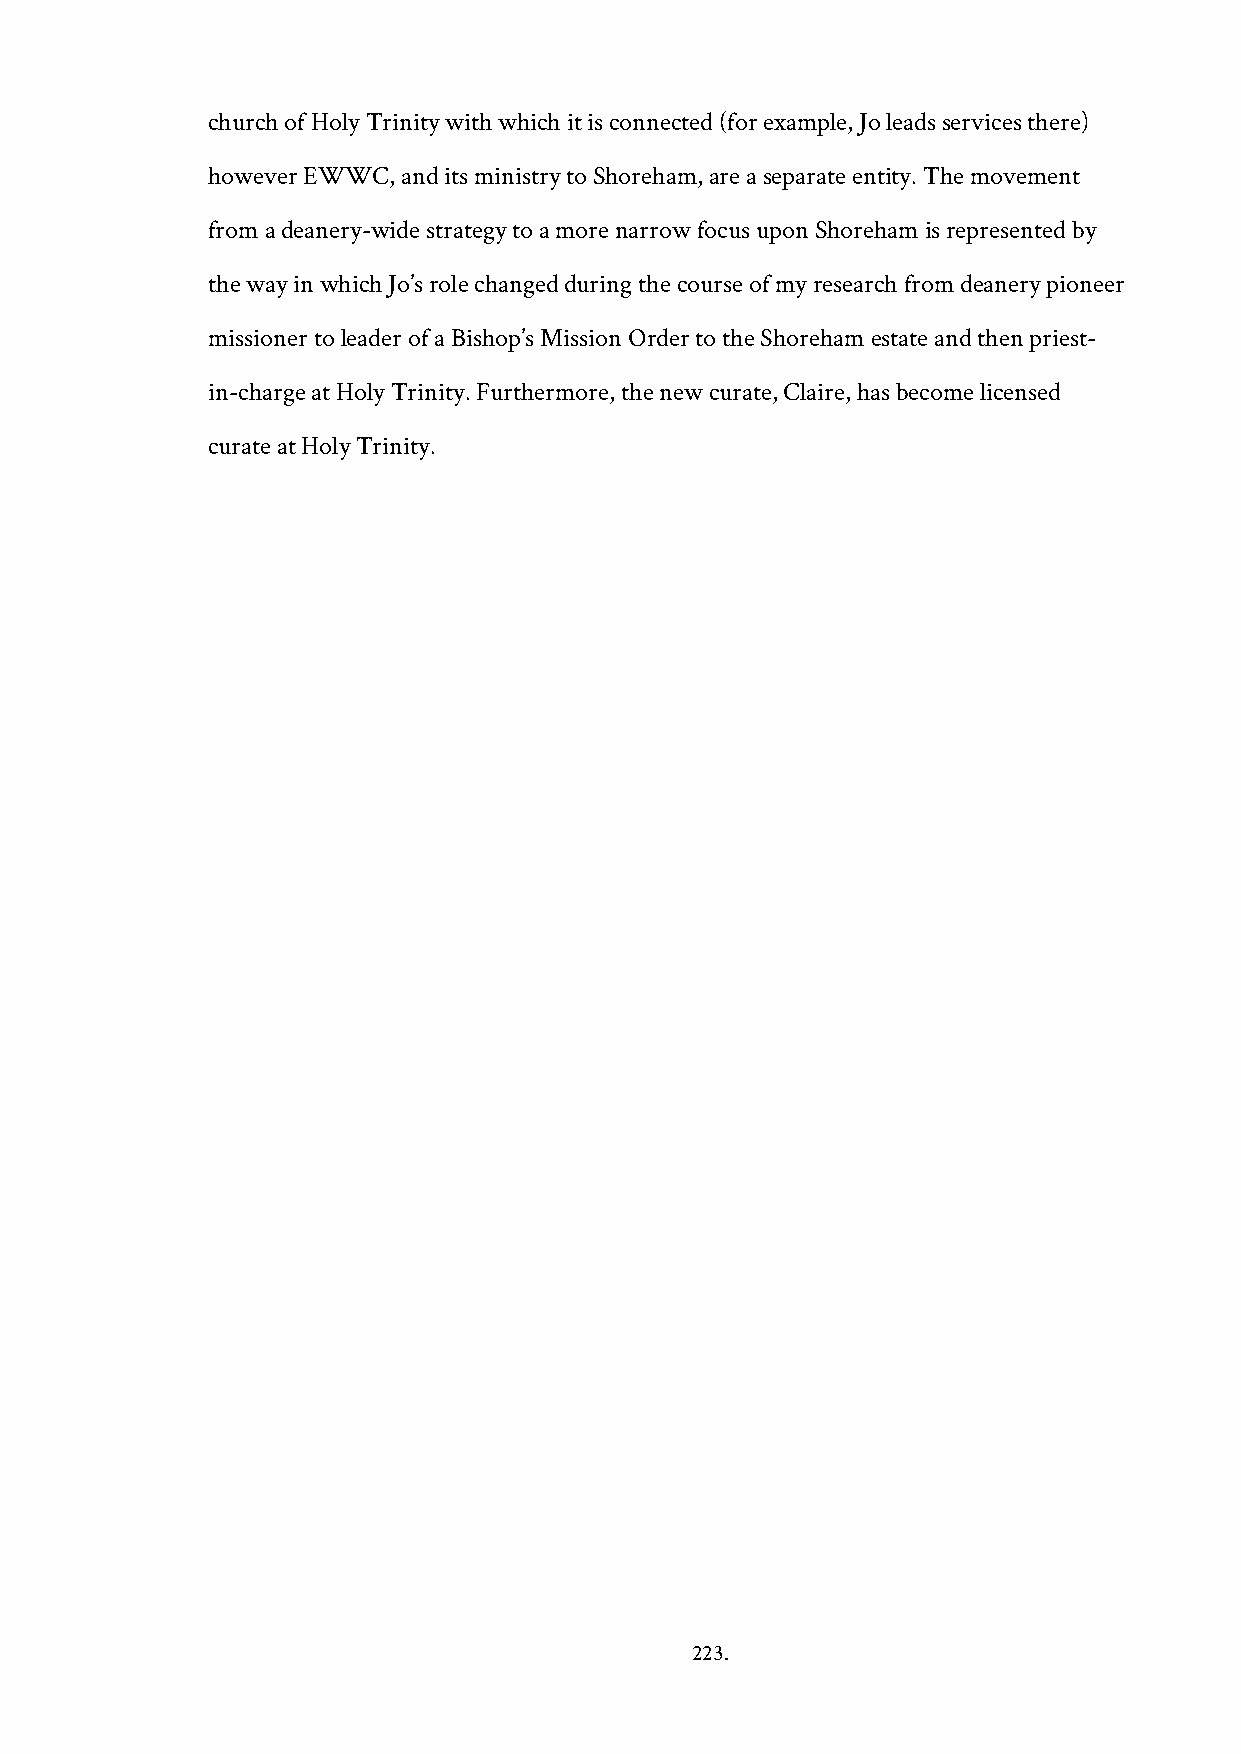
church of Holy Trinity with which it is connected (for example, Jo leads services there)
 however EWWC, and its ministry to Shoreham, are a separate entity. The movement
 from a deanery-wide strategy to a more narrow focus upon Shoreham is represented by
 the way in which Jo’s role changed during the course of my research from deanery pioneer
 missioner to leader of a Bishop’s Mission Order to the Shoreham estate and then priest-
 in-charge at Holy Trinity. Furthermore, the new curate, Claire, has become licensed
 curate at Holy Trinity.
 223.